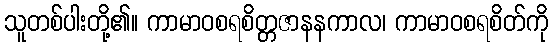
သူတစ်ပါးတို့၏။ ကာမာဝစရစိတ္တဇာနနကာလ၊ ကာမာဝစရစိတ်ကို